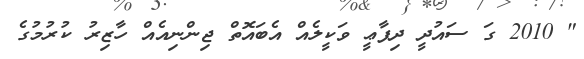
" 2010 ގަ ސައުދީ ދިފާޢީ ވަކީލެއް އެބައޮތް ޖިންނިއެއް ހާޒިރު ކުރުމުގެ